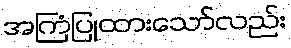
အကြံပြုထားသော်လည်း